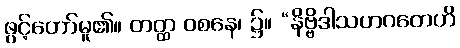
ဖွင့်တော်မူ၏။ တတ္ထ ဝစနေ၊ ၌။ “နိဗ္ဗိဒါသဟဂတေဟိ